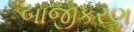
બાજીકરણ